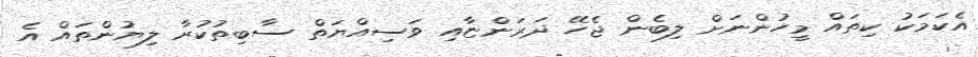
އެކަމަކު ކިތައް މީހުންނަށް ލިބެން ޖެހޭ ދަރަންޏާއި ވަސިއްޔަތް ސާބިތުކުރާ ލިޔުންތައް އެ